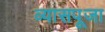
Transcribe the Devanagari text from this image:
व्यासपूजा